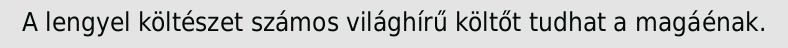
A lengyel költészet számos világhírű költőt tudhat a magáénak.